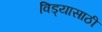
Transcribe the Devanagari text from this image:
विड्यासाठी